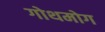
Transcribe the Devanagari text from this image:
गोथमोग